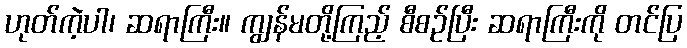
ဟုတ်ကဲ့ပါ၊ ဆရာကြီး။ ကျွန်မတို့ကြည့် စီစဉ်ပြီး ဆရာကြီးကို တင်ပြ